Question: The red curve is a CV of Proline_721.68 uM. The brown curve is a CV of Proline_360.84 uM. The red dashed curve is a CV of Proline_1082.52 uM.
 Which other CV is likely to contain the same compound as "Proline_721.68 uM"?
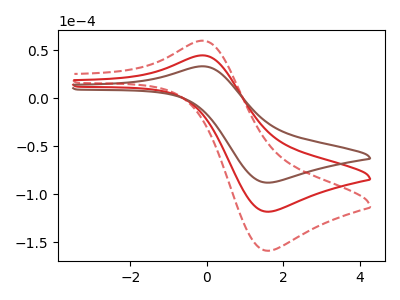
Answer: <think>The red curve "Proline_721.68 uM" has an anodic peak at (-0.10V, 44.50uA) and a cathodic peak at (1.60V, -118.30uA). The brown curve "Proline_360.84 uM" has an anodic peak at (-0.10V, 33.10uA) and a cathodic peak at (1.60V, -88.05uA). The red dashed curve "Proline_1082.52 uM" has an anodic peak at (-0.10V, 88.95uA) and a cathodic peak at (1.60V, -236.65uA).
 All the peaks in "Proline_721.68 uM" have a peak in "Proline_360.84 uM" at the same potential. Every peak in "Proline_721.68 uM" is higher than every peak in "Proline_360.84 uM". All the peaks in "Proline_721.68 uM" have a peak in "Proline_1082.52 uM" at the same potential. Every peak in "Proline_721.68 uM" is lower than every peak in "Proline_1082.52 uM". All the peaks in "Proline_360.84 uM" have a peak in "Proline_1082.52 uM" at the same potential. Every peak in "Proline_360.84 uM" is lower than every peak in "Proline_1082.52 uM".</think>
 <answer>"Proline_721.68 uM" and "Proline_1082.52 uM" have a similar shape to "Proline_360.84 uM".</answer>
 <eval>"Proline_721.68 uM" "Proline_1082.52 uM"</eval>